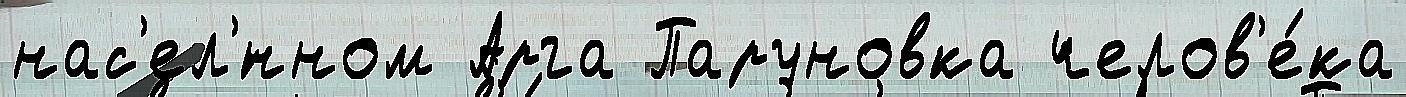
нас'ел'́нном Арга Паруновка челов'е́ка